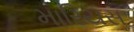
મારિયસ